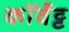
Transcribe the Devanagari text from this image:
कॉर्वेट्ट